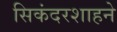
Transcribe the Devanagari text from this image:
सिकंदरशाहने